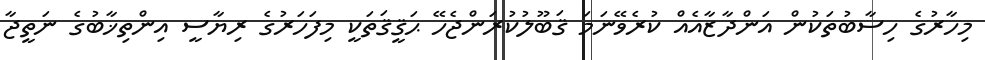
މިހާރުގެ ހިސާބުތަކުން އަންދާޒާއެއް ކުރެވޭނަމަ ޤަބޫލުކުރަންޖެހޭ ޙަޤީޤަތަކީ މިފަހަރުގެ ރިޔާސީ އިންތިޚާބުގެ ނަތީޖާ